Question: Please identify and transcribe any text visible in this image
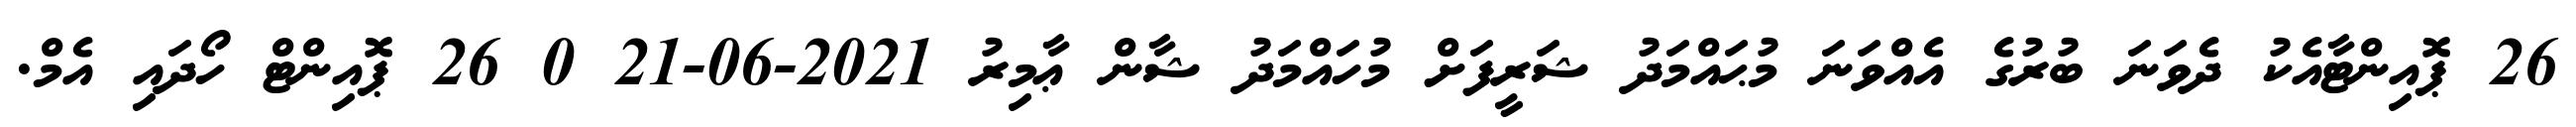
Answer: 26 ޕޮއިންޓާއެކު ދެވަނަ ބުރުގެ އެއްވަނަ މުޙައްމަދު ޝަރީފަށް މުހައްމަދު ޝާން ޢާމިރު 2021-06-21 0 26 ޕޮއިންޓް ހޯދައި އެމް.